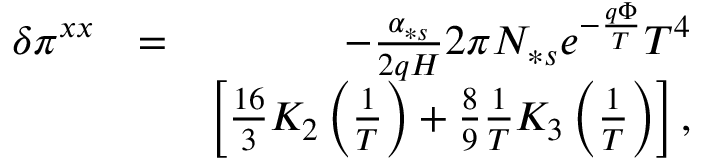
\begin{array} { r l r } { \delta \pi ^ { x x } } & { = } & { - \frac { \alpha _ { \ast s } } { 2 q H } 2 \pi N _ { \ast s } e ^ { - \frac { q \Phi } { T } } T ^ { 4 } } \\ & { } & { \left[ \frac { 1 6 } { 3 } K _ { 2 } \left( \frac { 1 } { T } \right) + \frac { 8 } { 9 } \frac { 1 } { T } K _ { 3 } \left( \frac { 1 } { T } \right) \right] , } \end{array}